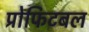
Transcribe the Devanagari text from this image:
प्रोफिटबल